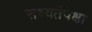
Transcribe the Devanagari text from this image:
सभ्यतेंपेक्षा